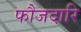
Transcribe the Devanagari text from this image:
फौजदारि